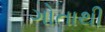
ગોતાથી